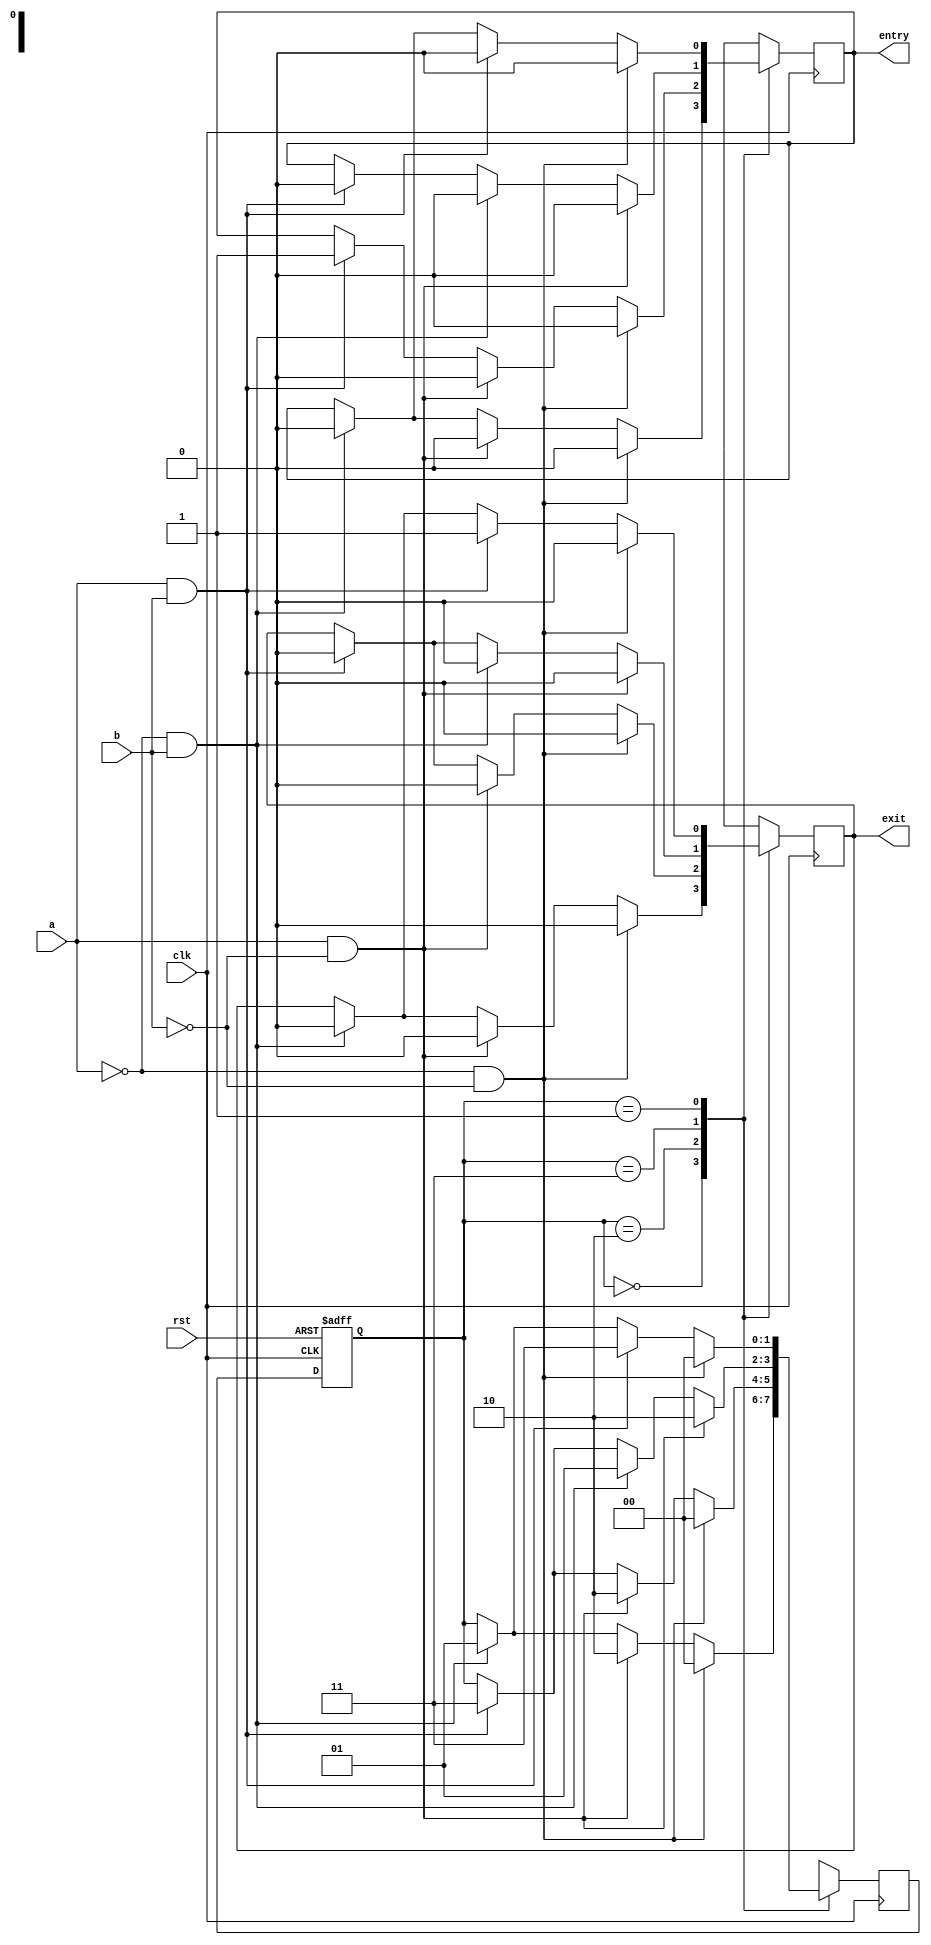
`timescale 1ns / 1ps

module FSM( a,b,rst,clk, entry,exit);
    input a,b,rst,clk;
    output reg entry,exit;
    reg [1:0] cur_state, next_state;
    
    localparam [2:0]
               S0 = 2'b00,  //both unblocked
               S1 = 2'b10,  //a blocked
  			   S2 = 2'b11,   // and b blocked
  			   S3 = 2'b01;   //b blocked
    
 always @(posedge clk) 
    begin
        next_state=cur_state;
        case(cur_state)
            S0: if      (~a & ~b)    begin next_state = S0;   entry =1'b0; exit =1'b0; end //when both sensors are unblocked,idle conditon
                else if (a & ~b)     begin next_state = S1;   entry =1'b0; exit =1'b0; end //car is entering, as a is blocked
                else if (~a & b)     begin next_state = S3;   entry =1'b0; exit =1'b0; end  //car is exit_temping, as b is blocked
            S1: if      (~a & ~b)    begin next_state = S0;   entry =1'b0; exit =1'b0; end   //car has officially exit_temped from the lot, as both sensors are unblocked
                else if (a & ~b)     begin next_state = S1;   entry =1'b0; exit =1'b0; end // car is standing at the same point, doesnt move
                
                else if (a & b)      begin next_state = S2;   entry =1'b1; exit =1'b0; end //car is going to enetr the lot and standing at the middle of the path
            
            S2: if      (a & ~b)     begin next_state = S1;   entry =1'b0; exit =1'b0; end // car is about to exit_temp, as coming from both blocked sensors to only a blcoked
                else if (~a & b)     begin next_state = S3;   entry =1'b0; exit =1'b0; end // car is about to enter, as coming from both blocked sensors to only b blcoked
                else if (a & b)      begin next_state = S2;   entry =1'b0; exit =1'b0; end //car doesnt move 
            S3: if      (~a &~b)     begin next_state = S0;   entry =1'b0; exit =1'b0; end //car has officially entered in the lot, as from b blocked sensors to both unblocked 
               
                else if (a & b)      begin next_state = S2;   entry =1'b0; exit =1'b1; end //car is going to exit_temp the lot and standing at the middle of the path
                
                else if (~a & b)     begin next_state = S3;   entry =1'b0; exit =1'b0; end // car doesnt move
        endcase
    end
    
  always @ (posedge clk, posedge rst) 
    begin
        if(rst) begin cur_state <= S0; end    //if reset is true, then both sensors will be unblocked
        else    cur_state <= next_state; //otheriwse it will keep updating the current state
     end

endmodule


module counter( entry,exit,clk,rst, count);
    input entry,exit, clk,rst;
    output reg [3:0] count;
    
    always @ (posedge clk, posedge rst)
        begin
            if(rst) count <= 4'b0000;                                                   //if reset, then counter is set to 0
            else if (entry &&  ~exit && (count < 4'b1111)) begin count <= count + 4'b0001; end   //if inc is true and dec is not true and counter is less than 14, then it will increment the counter
            else if (~entry &&  exit && (count > 4'b0000))begin count <= count - 4'b0001; end// $display("%d",count); end   //if dec is true and inc is not true and counter is more than 0, then it will decrement the counter
      
        end 
endmodule